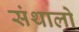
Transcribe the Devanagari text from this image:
संथालो